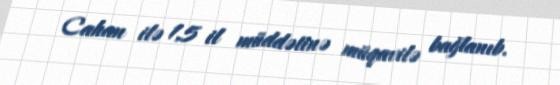
Cahan ilə 1,5 il müddətinə müqavilə bağlanıb.